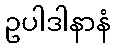
ဥပါဒါနာနံ